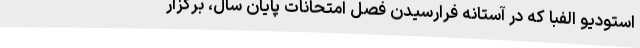
استودیو الفبا که در آستانه فرارسیدن فصل امتحانات پایان سال، برگزار